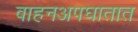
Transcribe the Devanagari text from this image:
वाहनअपघातात